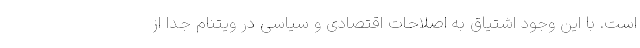
است. با این وجود اشتیاق به اصلاحات اقتصادی و سیاسی در ویتنام جدا از